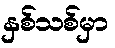
နှစ်သစ်မှာ